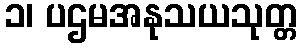
၁၊ ပဌမအနုသယသုတ္တ